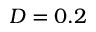
D = 0 . 2